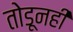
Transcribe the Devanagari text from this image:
तोडूनही